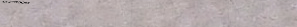
PUBLIC RESTROOM